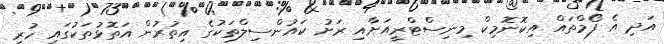
އަދި އެ ފޯމްތައް އިކޮނޮމިކް މިނިސްޓްރީއަށާއި ރަށު ކައުންސިލްތަކުގެ އިތުރުން އަތޮޅުތަކުގައި ހުރި